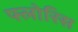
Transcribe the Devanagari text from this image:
फ्लोरिस